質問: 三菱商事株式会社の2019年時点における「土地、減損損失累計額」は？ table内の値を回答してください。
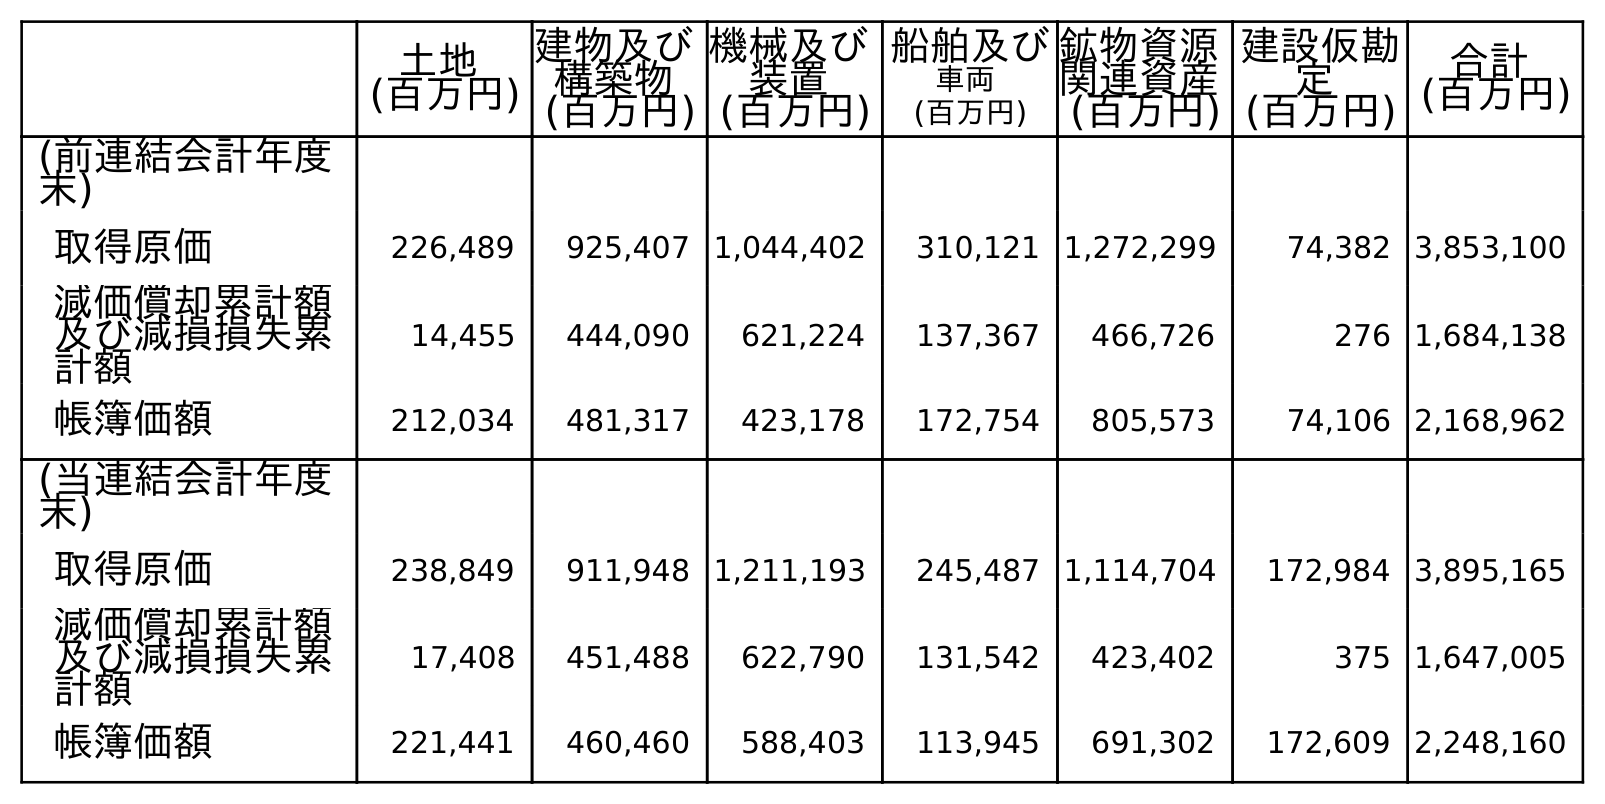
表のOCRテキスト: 土地 (百万円) 建物及び 構築物 (百万円) 機械及び 装置 (百万円) 船舶及び 車両 (百万円) 鉱物資源 関連資産 (百万円) 建設仮勘 定 (百万円) 合計 (百万円) (前連結会計年度 末) 取得原価 226,489 925,407 1,044,402 310,121 1,272,299 74,382 3,853,100 減価償却累計額 及び減損損失累 計額 14,455 444,090 621,224 137,367 466,726 276 1,684,138 帳簿価額 212,034 481,317 423,178 172,754 805,573 74,106 2,168,962 (当連結会計年度 末) 取得原価 238,849 911,948 1,211,193 245,487 1,114,704 172,984 3,895,165 減価償却累計額 及び減損損失累 計額 17,408 451,488 622,790 131,542 423,402 375 1,647,005 帳簿価額 221,441 460,460 588,403 113,945 691,302 172,609 2,248,160
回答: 14,455